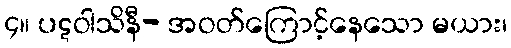
၄။ ပဋဝါသိနီ- အဝတ်ကြောင့်နေသော မယား၊